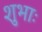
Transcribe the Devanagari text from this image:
शुभाः